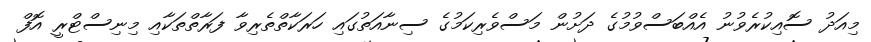
މިއަދު ސޮއިކުރެވުނު އެއްބަސްވުމުގެ ދަށުން މަސްވެރިކަމުގެ ސިނާއަތުގައި ހަރަކާތްތެރިވާ ފަރާތްތަކާއި މިނިސްޓްރީ އޮފް